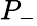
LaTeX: P_{-}